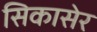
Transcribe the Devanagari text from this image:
सिकासेर